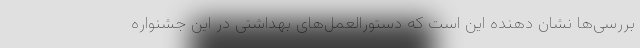
بررسی‌ها نشان دهنده این است که دستورالعمل‌های بهداشتی در این جشنواره